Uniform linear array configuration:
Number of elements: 4
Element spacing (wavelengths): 1
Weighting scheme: hamming
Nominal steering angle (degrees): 0
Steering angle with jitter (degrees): -0.8239
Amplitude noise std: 0.05
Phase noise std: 0.05

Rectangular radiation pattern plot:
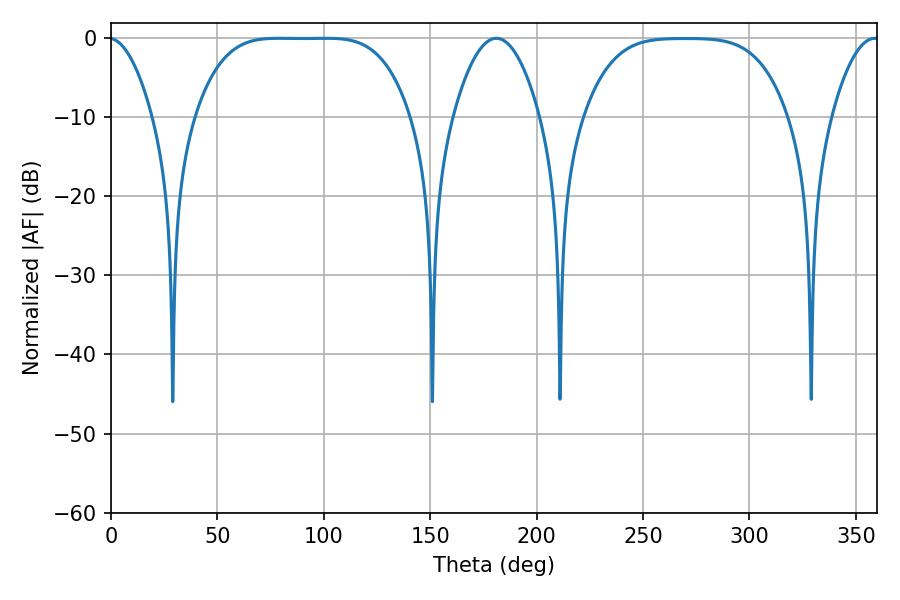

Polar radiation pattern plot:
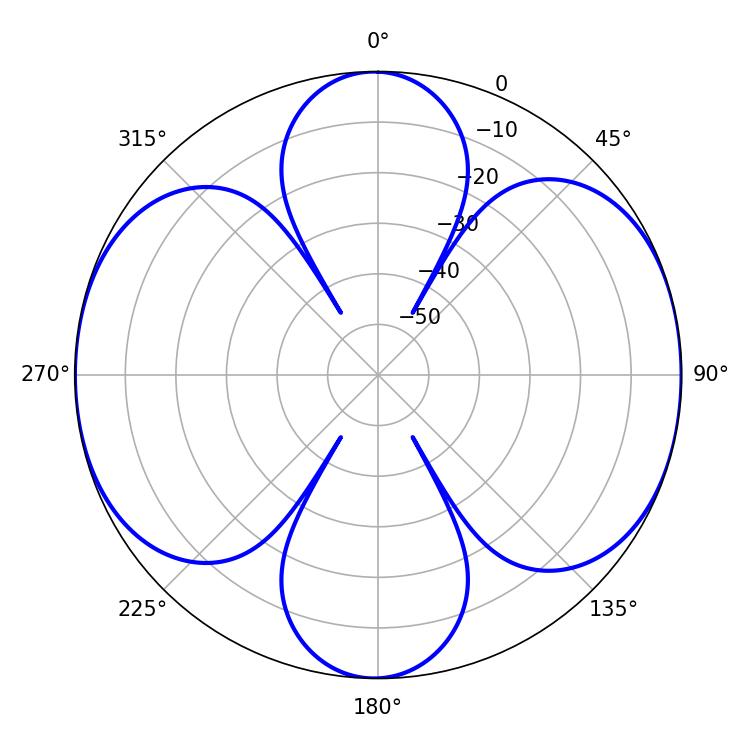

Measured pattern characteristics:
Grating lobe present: TRUE
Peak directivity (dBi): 13.128
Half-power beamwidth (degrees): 22.32
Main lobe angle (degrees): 181.08